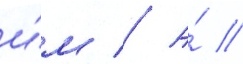
и́м // А́ //